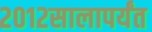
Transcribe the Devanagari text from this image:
२०१२सालापर्यंत